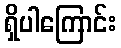
ရှိပါကြောင်း